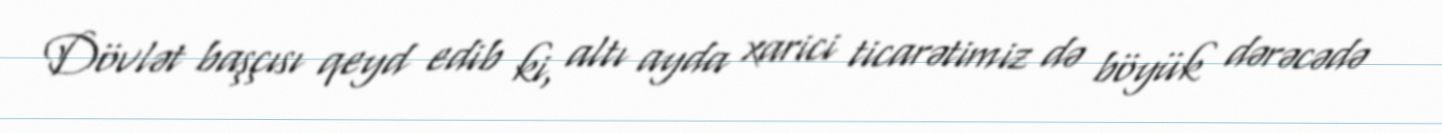
Dövlət başçısı qeyd edib ki, altı ayda xarici ticarətimiz də böyük dərəcədə